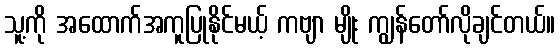
သူ့ကို အထောက်အကူပြုနိုင်မယ့် ကဗျာ မျိုး ကျွန်တော်လိုချင်တယ်။